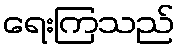
ရေးကြသည်